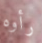
رأوه